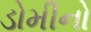
ડોમીનો